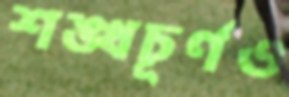
শঙ্খচূর্ণও